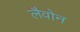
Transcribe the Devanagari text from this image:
लैवोन